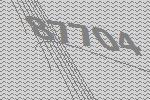
87704